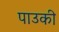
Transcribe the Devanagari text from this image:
पाउकी